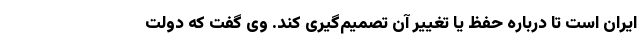
ایران است تا درباره حفظ یا تغییر آن تصمیم‌گیری کند. وی گفت که دولت